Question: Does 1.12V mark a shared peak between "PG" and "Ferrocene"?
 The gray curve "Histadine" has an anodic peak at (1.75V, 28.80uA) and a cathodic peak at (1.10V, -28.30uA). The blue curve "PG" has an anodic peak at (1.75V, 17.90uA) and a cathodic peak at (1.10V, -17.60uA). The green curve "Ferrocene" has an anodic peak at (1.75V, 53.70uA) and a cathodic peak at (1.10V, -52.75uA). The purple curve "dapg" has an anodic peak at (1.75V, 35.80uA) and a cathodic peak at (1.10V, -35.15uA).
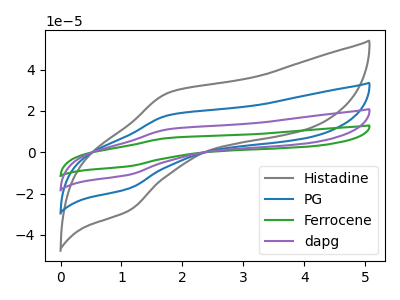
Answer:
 <answer>Yes, "PG" and "Ferrocene" share a peak at 1.12V.</answer>
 <eval>match</eval>